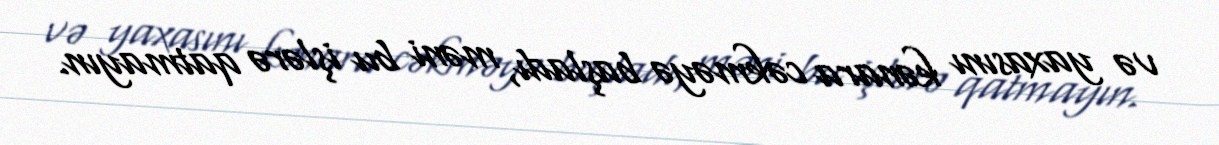
və yaxasını kənara cəkməyə başladı, məni bu işlərə qatmayın.